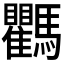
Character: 𩧚